Scottish Leaving Certificate Examination, 1956
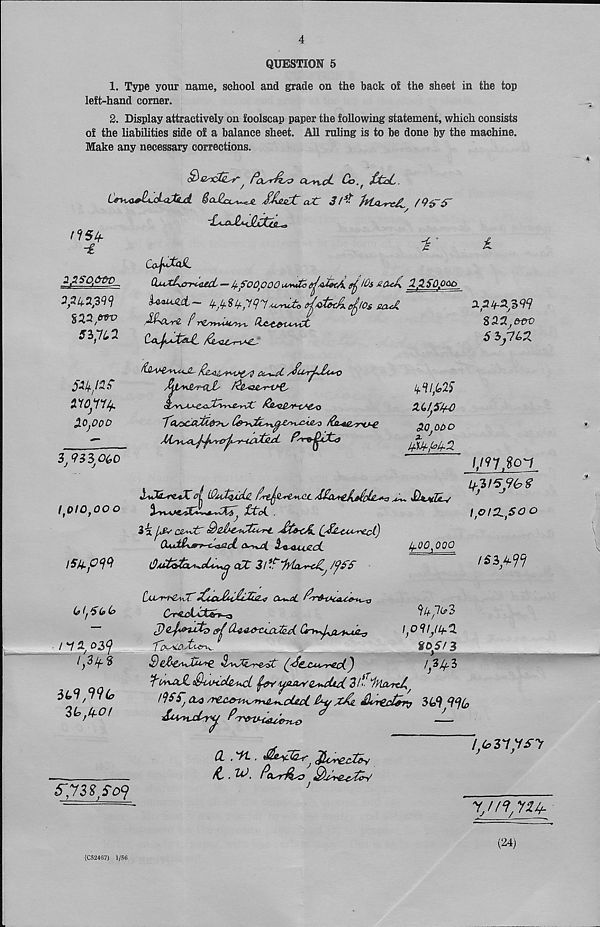
4
QUESTION 5
1. Type your name, school and grade on the back of the sheet in the top
left-hand corner.
2. Display attractively on foolscap paper the following statement, which consists
of the liabihties side of a balance sheet. All ruling is to be done by the machine.
Make any necessary corrections.
§^esx£(Lsir, PtxdlsO
@°- f
Ctn^aJhjbtXiul
SJUslC at: 3i*
/9iT$'
-y
i
cJ^iL
&MX£vcrr*4ted, — If.fO Oft 00 uauZo ^AXotA
I Os &aJ\ 2.2$0.0&O
UaujU-
mU
nstt
-&
2 0SO.&OV
grw/w
Sl^Ll
51k
MOpl/f
20,000
3; 933,060
ipiopoo
iSU-pW
61,5 (0(0
/2, 039
ipif.3
It*,koi
(kayktiUL /&ac*r-v<e^
favXvuAjL
a-T-d- /tfusrp£<*v
MV / *£'r-Cll' f^ae^v^
PA/^codt&>^
&a4£.-y%jLg
2.3^399
82.3,o-oo
6 3j7£>2
kvys
30,000
m^k-z
LHUyi
t
.
b.'hf'S 9(?$
Xt^^rc^X" ^ $/dtqA(UL f/rtpi^^.cuL
•iT* /
%riAMpC+-
iki pr' C&^dX'
•La^cozcL
4^2,000
cCC 31 *5
Ol^cL
94,7^3
5)^Ctry^Pfiyt^A-,
1,0 91,!Lf-Q
kk^coJtven^
Wpf 3
Q(j<5£X*Usr<cCj
I 3p3
Iprzpoo
/ 53,499
^iau>JL (QhahxI^aA
uticbvz^+did. Zl^iyumA
r 'rwuuem>
5~, ota ' / > 1 Ct»i^nx£^cOuA tky Zpti
349,996
Pt,-. rJ . P-
'
yVZZ'Soy
Ci .'ft .
^ (Jh>*£tZA
/L .
Pcisrfeso
i,(o3ipsy
ypn yu^
(C52467) l/56
(24)